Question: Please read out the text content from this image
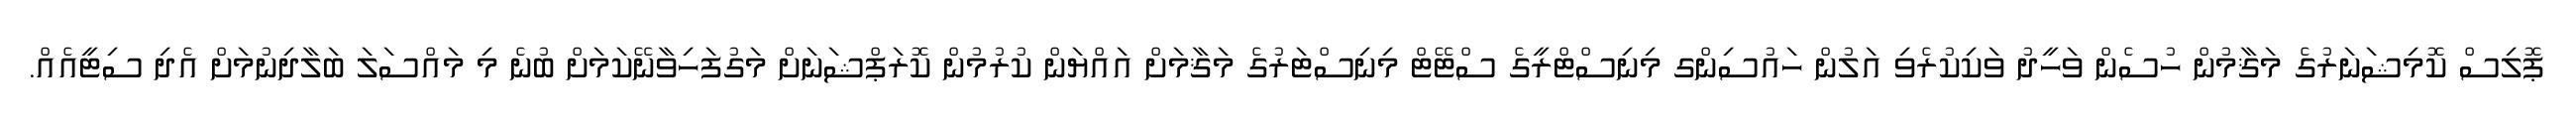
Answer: ޕޮލިސް ކޮމިޝަނަރުގެ މަޤާމުން ހުސެން ވަހީދު ވަކިކުރެވި އަލުން ހައުސިންގ މިނިސްޓްރީގެ ސްޓޭޓް މިނިސްޓަރުގެ މަޤާމަށް އައްޔަން ކުރުމުން ކޮރަޕްޝަނަށް މަގުފަހިވާނޭކަމަށް ބުނެ މި މައްސަލަ ބަލާދިނުމަށް އެދި ސިޓީއެއް.